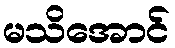
မသိအောင်